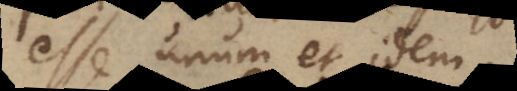
esse unum et idem.